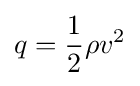
q={\frac {1}{2}}\rho v^{2}